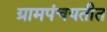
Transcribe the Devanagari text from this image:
ग्रामपंचयतीत